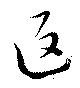
返